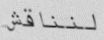
لنناقش